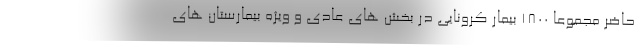
حاضر مجموعا ۱۸۰۰ بیمار کرونایی در بخش های عادی و ویژه بیمارستان های